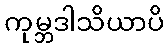
ကုမ္ဘဒါသိယာပိ